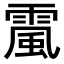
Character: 𩄏